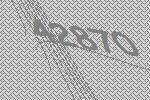
42870